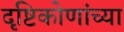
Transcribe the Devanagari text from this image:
दृष्टिकोणांच्या